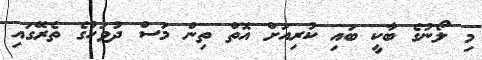
މި ލޯނުގެ ބާކީ ބައި ކުރިއަށް އޮތް ތިން މަސް ދުވަހުގެ ތެރޭގައި